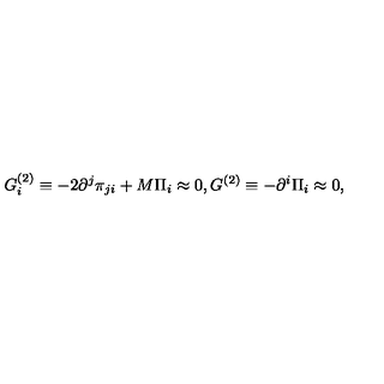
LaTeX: G _ { i } ^ { ( 2 ) } \equiv - 2 \partial ^ { j } \pi _ { j i } + M \Pi _ { i } \approx 0 , G ^ { ( 2 ) } \equiv - \partial ^ { i } \Pi _ { i } \approx 0 ,